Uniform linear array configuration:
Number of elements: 16
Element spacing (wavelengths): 0.75
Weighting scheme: kaiser
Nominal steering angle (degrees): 0
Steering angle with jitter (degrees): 0.8119
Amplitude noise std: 0.05
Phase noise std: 0.05

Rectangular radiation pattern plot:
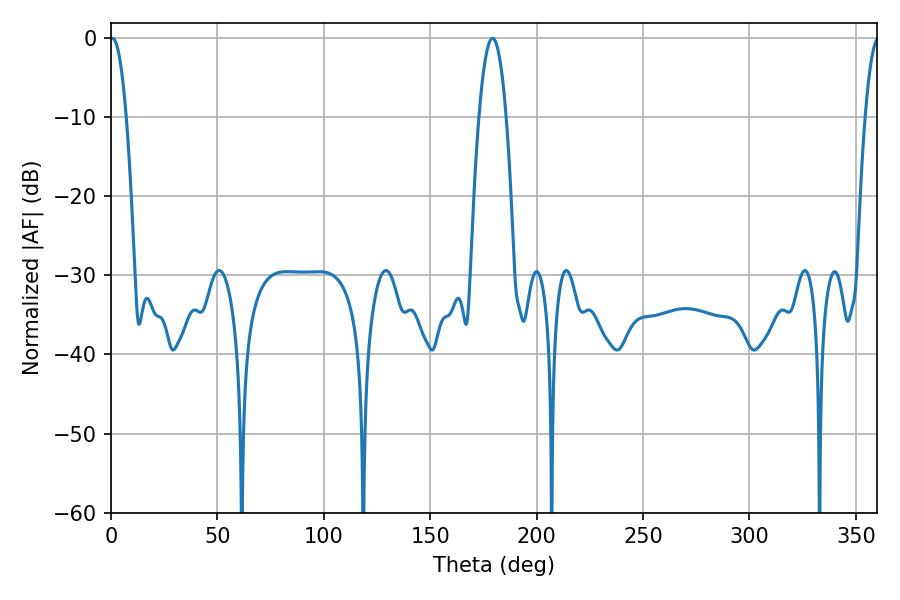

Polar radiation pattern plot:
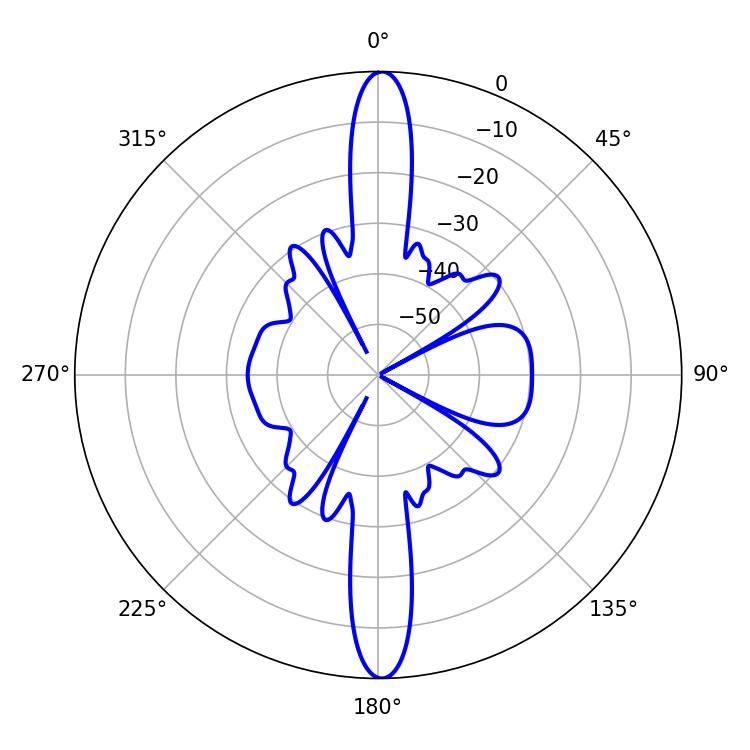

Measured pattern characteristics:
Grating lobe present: TRUE
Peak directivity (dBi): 27.077
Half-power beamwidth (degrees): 4.32
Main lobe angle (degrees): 0.72